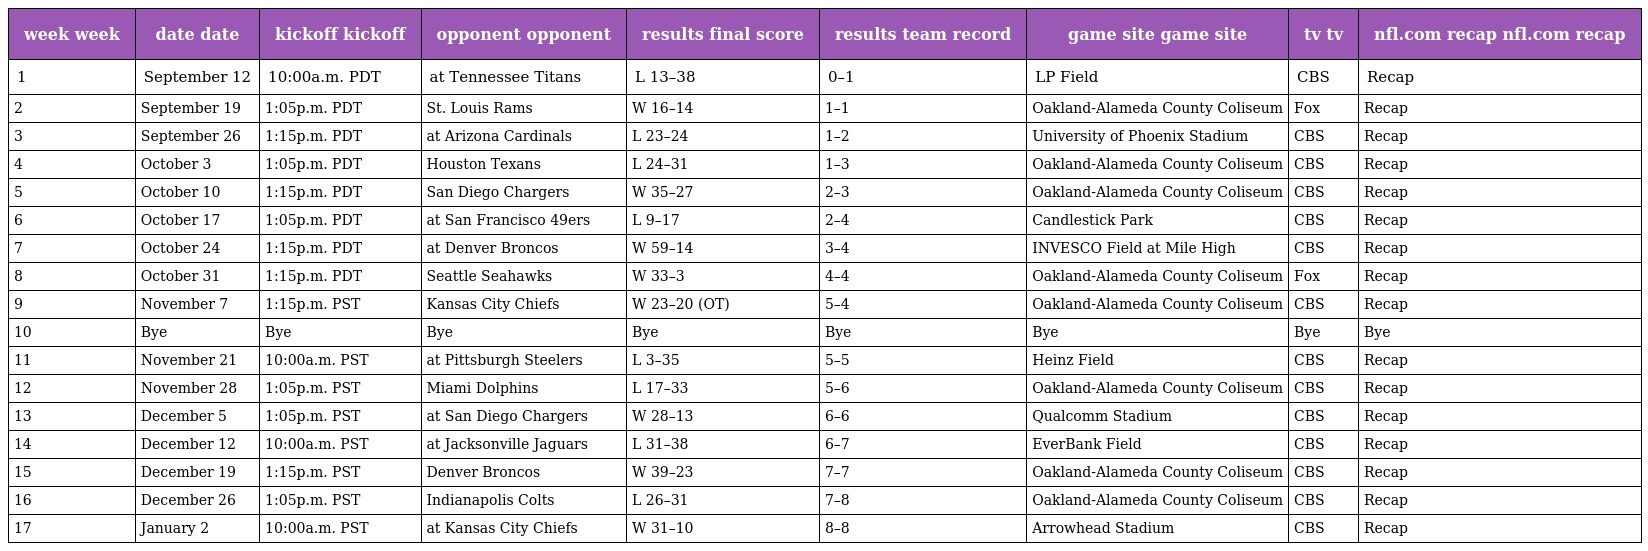
| week week | date date | kickoff kickoff | opponent opponent | results final score | results team record | game site game site | tv tv | nfl.com recap nfl.com recap |
 | --- | --- | --- | --- | --- | --- | --- | --- | --- |
 | 1 | September 12 | 10:00a.m. PDT | at Tennessee Titans | L 13–38 | 0–1 | LP Field | CBS | Recap |
 | 2 | September 19 | 1:05p.m. PDT | St. Louis Rams | W 16–14 | 1–1 | Oakland-Alameda County Coliseum | Fox | Recap |
 | 3 | September 26 | 1:15p.m. PDT | at Arizona Cardinals | L 23–24 | 1–2 | University of Phoenix Stadium | CBS | Recap |
 | 4 | October 3 | 1:05p.m. PDT | Houston Texans | L 24–31 | 1–3 | Oakland-Alameda County Coliseum | CBS | Recap |
 | 5 | October 10 | 1:15p.m. PDT | San Diego Chargers | W 35–27 | 2–3 | Oakland-Alameda County Coliseum | CBS | Recap |
 | 6 | October 17 | 1:05p.m. PDT | at San Francisco 49ers | L 9–17 | 2–4 | Candlestick Park | CBS | Recap |
 | 7 | October 24 | 1:15p.m. PDT | at Denver Broncos | W 59–14 | 3–4 | INVESCO Field at Mile High | CBS | Recap |
 | 8 | October 31 | 1:15p.m. PDT | Seattle Seahawks | W 33–3 | 4–4 | Oakland-Alameda County Coliseum | Fox | Recap |
 | 9 | November 7 | 1:15p.m. PST | Kansas City Chiefs | W 23–20 (OT) | 5–4 | Oakland-Alameda County Coliseum | CBS | Recap |
 | 10 | Bye | Bye | Bye | Bye | Bye | Bye | Bye | Bye |
 | 11 | November 21 | 10:00a.m. PST | at Pittsburgh Steelers | L 3–35 | 5–5 | Heinz Field | CBS | Recap |
 | 12 | November 28 | 1:05p.m. PST | Miami Dolphins | L 17–33 | 5–6 | Oakland-Alameda County Coliseum | CBS | Recap |
 | 13 | December 5 | 1:05p.m. PST | at San Diego Chargers | W 28–13 | 6–6 | Qualcomm Stadium | CBS | Recap |
 | 14 | December 12 | 10:00a.m. PST | at Jacksonville Jaguars | L 31–38 | 6–7 | EverBank Field | CBS | Recap |
 | 15 | December 19 | 1:15p.m. PST | Denver Broncos | W 39–23 | 7–7 | Oakland-Alameda County Coliseum | CBS | Recap |
 | 16 | December 26 | 1:05p.m. PST | Indianapolis Colts | L 26–31 | 7–8 | Oakland-Alameda County Coliseum | CBS | Recap |
 | 17 | January 2 | 10:00a.m. PST | at Kansas City Chiefs | W 31–10 | 8–8 | Arrowhead Stadium | CBS | Recap |